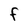
Character: F